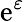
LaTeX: \mathrm{e}^{\varepsilon}